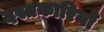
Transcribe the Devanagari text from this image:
दस्तकारियाँ